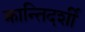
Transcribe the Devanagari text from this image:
क्रान्तिदर्शी